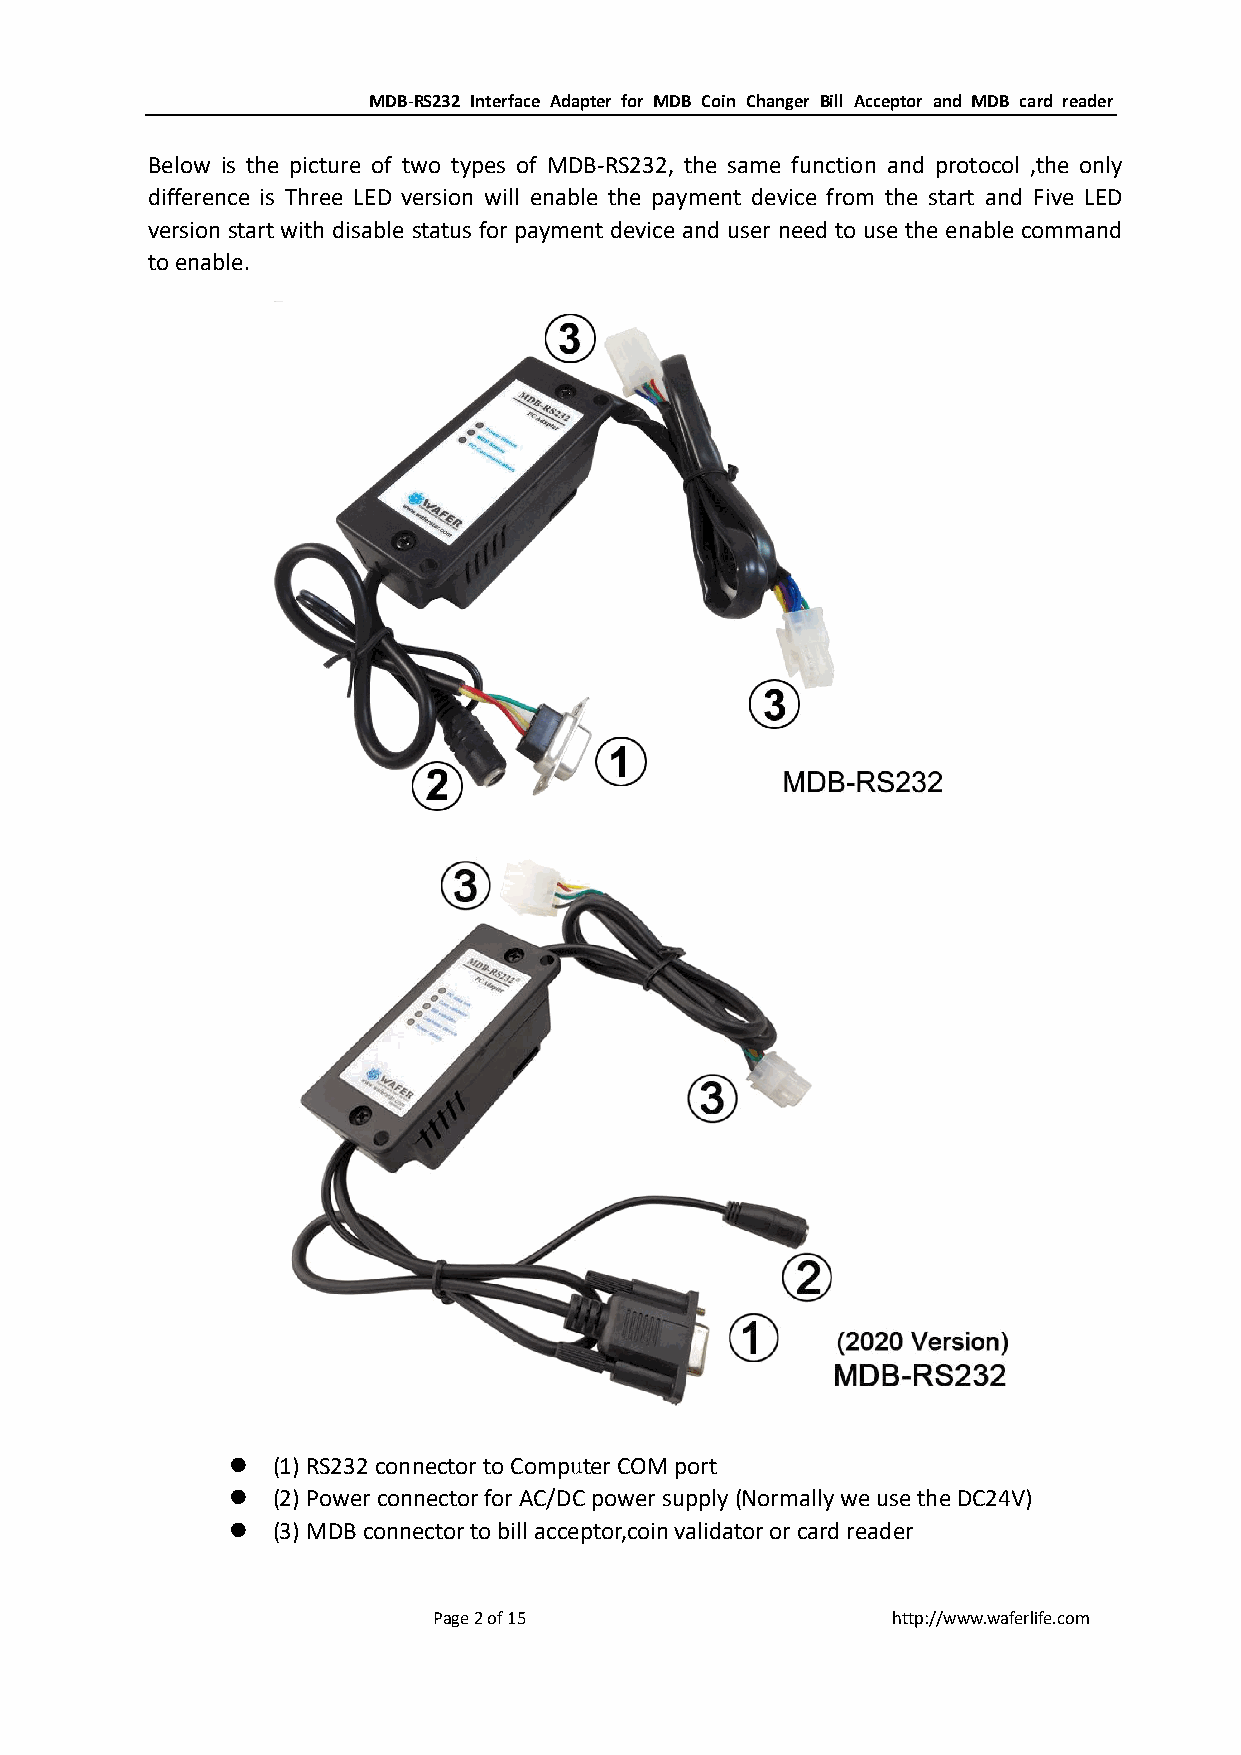
MDB-RS232 Interface Adapter for MDB Coin Changer Bill Acceptor and MDB card reader
 Below is the picture of two types of MDB-RS232, the same function and protocol ,the only
 difference is Three LED version will enable the payment device from the start and Five LED
 version start with disable status for payment device and user need to use the enable command
 to enable.
   (1) RS232 connector to Computer COM port
   (2) Power connector for AC/DC power supply (Normally we use the DC24V)
   (3) MDB connector to bill acceptor,coin validator or card reader
 Page 2 of 15                  http://www.waferlife.com